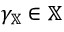
\gamma _ { \mathbb { X } } \in \mathbb { X }